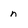
Character: n